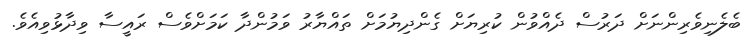
ބެލެނިވެރިންނަށް ދަރުސް ދެއްވުން ކުރިޔަށް ގެންދިޔުމަށް ތައްޔާރު ވަމުންދާ ކަމަށްވެސް ރައީސާ ވިދާޅުވިއެވެ.